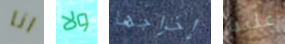
انا ولا إخراجها علينا